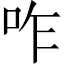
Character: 咋